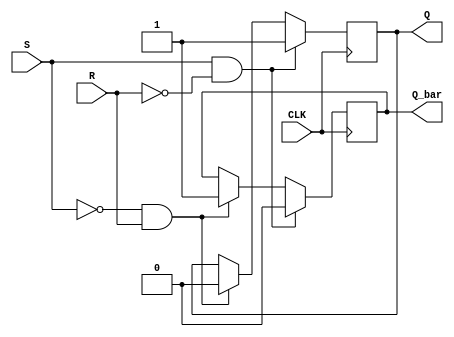
module sr_flip_flop (
    input S, R, CLK,
    output reg Q, Q_bar
);

always @(posedge CLK)
begin
    if (S && !R) // Set operation
        begin
            Q <= 1'b1;
            Q_bar <= 1'b0;
        end
    else if (!S && R) // Reset operation
        begin
            Q <= 1'b0;
            Q_bar <= 1'b1;
        end
    else // Hold state
        begin
            Q <= Q;
            Q_bar <= Q_bar;
        end
end

endmodule